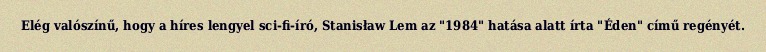
Elég valószínű, hogy a híres lengyel sci-fi-író, Stanisław Lem az "1984" hatása alatt írta "Éden" című regényét.